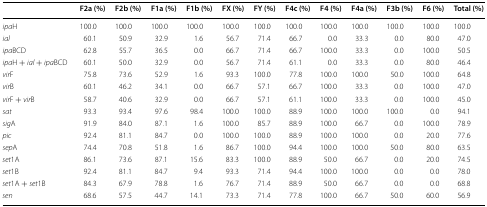
<table><thead><tr><td></td><td><b>F2a (%)</b></td><td><b>F2b (%)</b></td><td><b>F1a (%)</b></td><td><b>F1b (%)</b></td><td><b>FX (%)</b></td><td><b>FY (%)</b></td><td><b>F4c (%)</b></td><td><b>F4 (%)</b></td><td><b>F4a (%)</b></td><td><b>F3b (%)</b></td><td><b>F6 (%)</b></td><td><b>Total (%)</b></td></tr></thead><tbody><tr><td><i>ipa</i>H</td><td>100.0</td><td>100.0</td><td>100.0</td><td>100.0</td><td>100.0</td><td>100.0</td><td>100.0</td><td>100.0</td><td>100.0</td><td>100.0</td><td>100.0</td><td>100.0</td></tr><tr><td><i>ial</i></td><td>60.1</td><td>50.9</td><td>32.9</td><td>1.6</td><td>56.7</td><td>71.4</td><td>66.7</td><td>0.0</td><td>33.3</td><td>0.0</td><td>80.0</td><td>47.0</td></tr><tr><td><i>ipa</i>BCD</td><td>62.8</td><td>55.7</td><td>36.5</td><td>0.0</td><td>66.7</td><td>71.4</td><td>66.7</td><td>100.0</td><td>33.3</td><td>0.0</td><td>100.0</td><td>50.5</td></tr><tr><td><i>ipa</i>H + <i>ial</i> + <i>ipa</i>BCD</td><td>60.1</td><td>50.0</td><td>32.9</td><td>0.0</td><td>56.7</td><td>71.4</td><td>61.1</td><td>0.0</td><td>33.3</td><td>0.0</td><td>80.0</td><td>46.4</td></tr><tr><td><i>vir</i>F</td><td>75.8</td><td>73.6</td><td>52.9</td><td>1.6</td><td>93.3</td><td>100.0</td><td>77.8</td><td>100.0</td><td>100.0</td><td>50.0</td><td>100.0</td><td>64.8</td></tr><tr><td><i>vir</i>B</td><td>60.1</td><td>46.2</td><td>34.1</td><td>0.0</td><td>66.7</td><td>57.1</td><td>66.7</td><td>100.0</td><td>33.3</td><td>0.0</td><td>100.0</td><td>47.0</td></tr><tr><td><i>vir</i>F + <i>vir</i>B</td><td>58.7</td><td>40.6</td><td>32.9</td><td>0.0</td><td>66.7</td><td>57.1</td><td>61.1</td><td>100.0</td><td>33.3</td><td>0.0</td><td>100.0</td><td>45.0</td></tr><tr><td><i>sat</i></td><td>93.3</td><td>93.4</td><td>97.6</td><td>98.4</td><td>100.0</td><td>100.0</td><td>88.9</td><td>100.0</td><td>100.0</td><td>100.0</td><td>0.0</td><td>94.1</td></tr><tr><td><i>sig</i>A</td><td>91.9</td><td>84.0</td><td>87.1</td><td>1.6</td><td>100.0</td><td>85.7</td><td>88.9</td><td>100.0</td><td>66.7</td><td>0.0</td><td>100.0</td><td>78.9</td></tr><tr><td><i>pic</i></td><td>92.4</td><td>81.1</td><td>84.7</td><td>0.0</td><td>100.0</td><td>100.0</td><td>88.9</td><td>100.0</td><td>100.0</td><td>0.0</td><td>20.0</td><td>77.6</td></tr><tr><td><i>sep</i>A</td><td>74.4</td><td>70.8</td><td>51.8</td><td>1.6</td><td>86.7</td><td>100.0</td><td>94.4</td><td>100.0</td><td>100.0</td><td>50.0</td><td>80.0</td><td>63.5</td></tr><tr><td><i>set</i>1A</td><td>86.1</td><td>73.6</td><td>87.1</td><td>15.6</td><td>83.3</td><td>100.0</td><td>88.9</td><td>50.0</td><td>66.7</td><td>0.0</td><td>20.0</td><td>74.5</td></tr><tr><td><i>set</i>1B</td><td>92.4</td><td>81.1</td><td>84.7</td><td>9.4</td><td>93.3</td><td>71.4</td><td>94.4</td><td>100.0</td><td>100.0</td><td>0.0</td><td>0.0</td><td>78.0</td></tr><tr><td><i>set</i>1A + <i>set</i>1B</td><td>84.3</td><td>67.9</td><td>78.8</td><td>1.6</td><td>76.7</td><td>71.4</td><td>88.9</td><td>50.0</td><td>66.7</td><td>0.0</td><td>0.0</td><td>68.8</td></tr><tr><td><i>sen</i></td><td>68.6</td><td>57.5</td><td>44.7</td><td>14.1</td><td>73.3</td><td>71.4</td><td>77.8</td><td>100.0</td><td>66.7</td><td>50.0</td><td>60.0</td><td>56.9</td></tr></tbody></table>